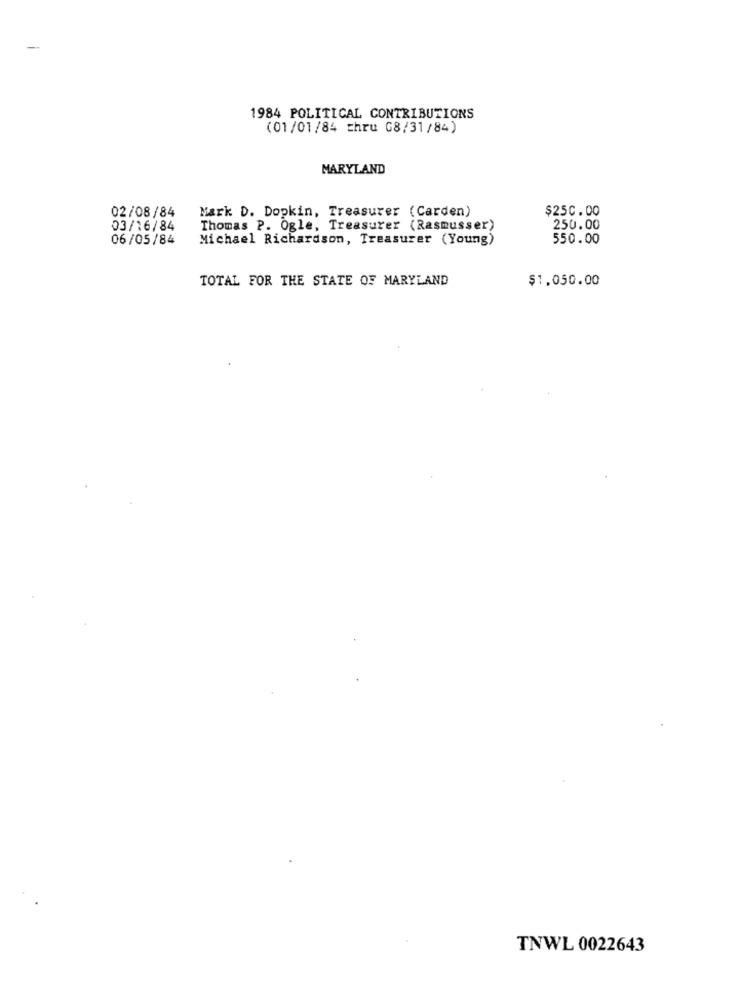
-
1984 POLITICAL CONTRIBUTIONS
(01/01/84 thru G8/31/84)
MARYLAND
Mark D. Dopkin, Treasurer (Carden)
$250.00
02/08/84
03/16/84
Thomas P. Ogle, Treasurer (Rasmusser)
250.00
06/05/84
Michael Richardson, Treasurer (Young)
550.00
TOTAL FOR THE STATE OF MARYLAND
$1,050.00
TNWL 0022643